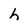
Character: h